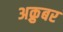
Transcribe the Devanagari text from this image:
अक्रुबर